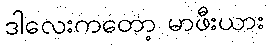
ဒါလေးကတော့ မာဖီးယား